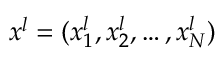
x ^ { l } = ( x _ { 1 } ^ { l } , x _ { 2 } ^ { l } , \dots , x _ { N } ^ { l } )